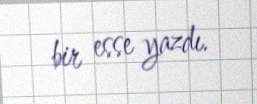
bir esse yazdı.